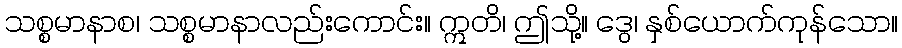
သစ္စမာနာစ၊ သစ္စမာနာလည်းကောင်း။ ဣတိ၊ ဤသို့။ ဒွေ၊ နှစ်ယောက်ကုန်သော။